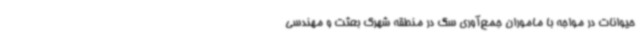
حیوانات در مواجه با ماموران جمع‌آوری سگ در منطقه شهرک بعثت و مهندسی